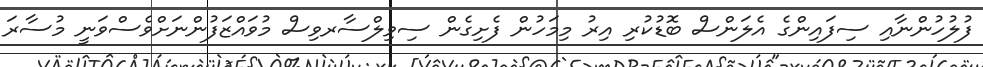
ފުލުހުންނާއި ސިފައިންގެ އެލަންސް ބޮޑުކުރި އިރު މިމަހުން ފެށިގެން ސިވިލްސާރވިސް މުވައްޒަފުންނަށްވެސްވަނީ މުސާރަ